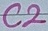
Text: C2